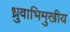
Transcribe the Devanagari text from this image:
ध्रुवाभिमुखीय